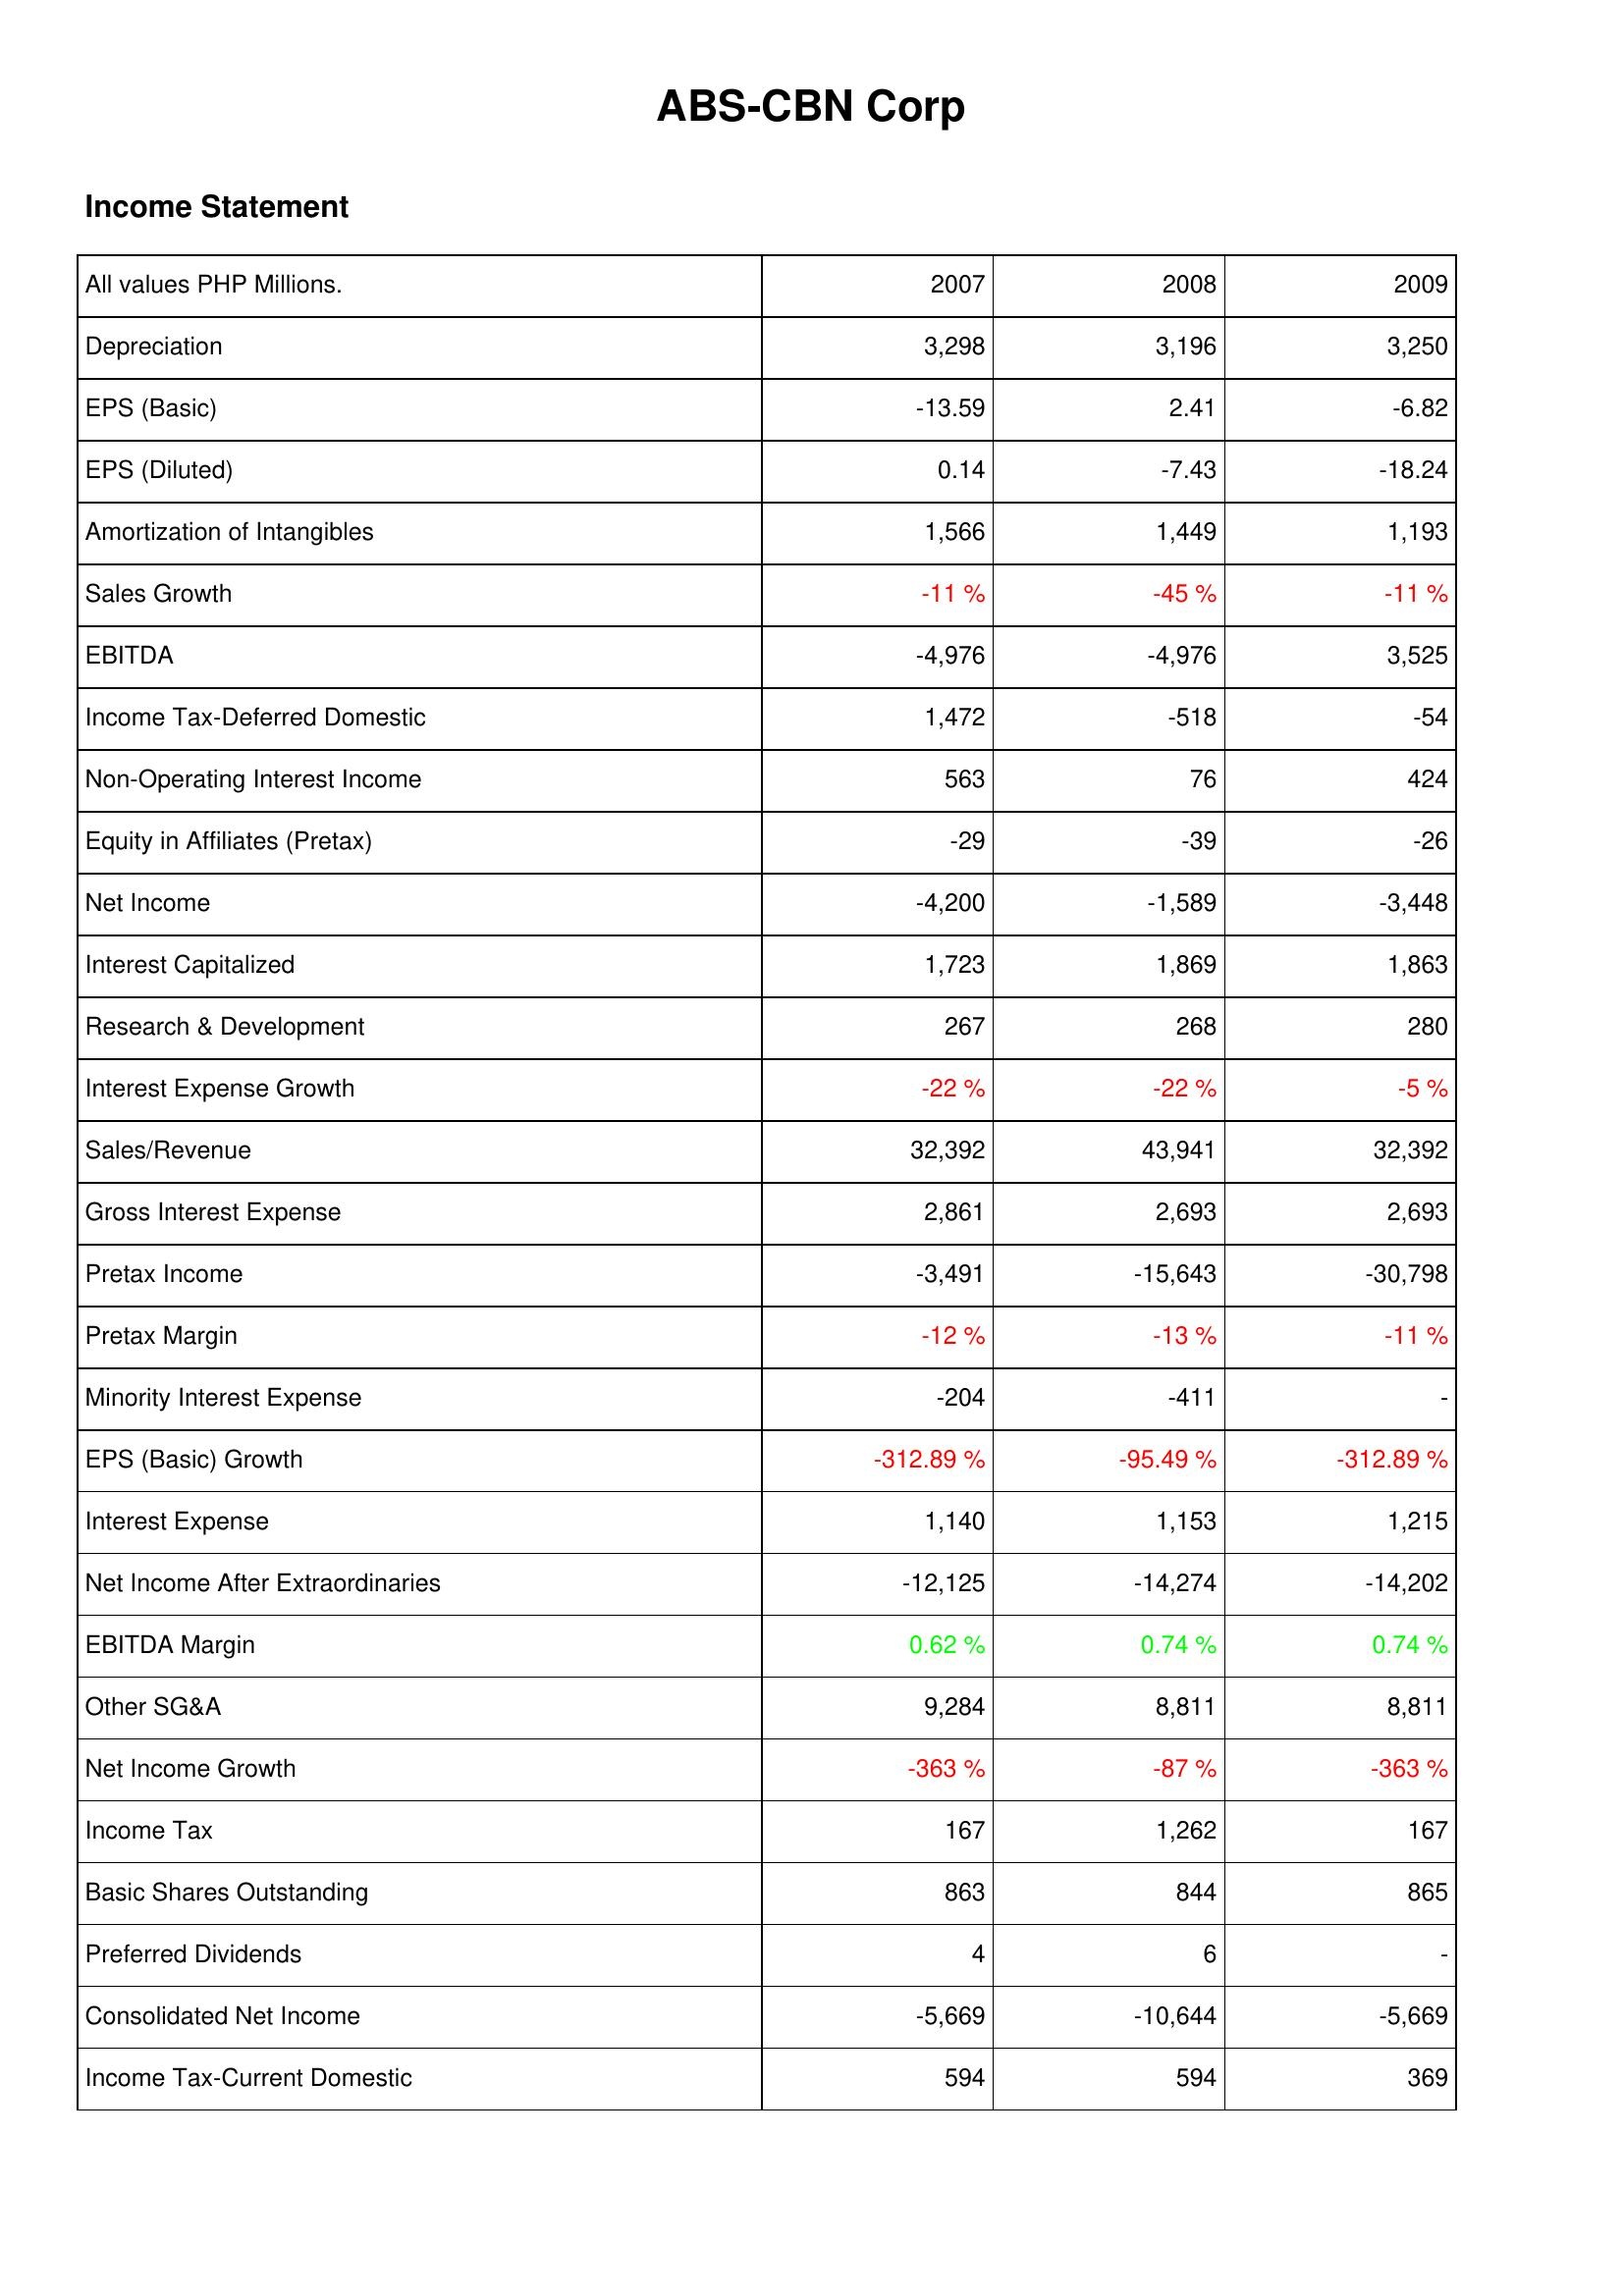
2007: Income Statement: Depreciation: 3,298
EPS (Basic): -13.59
EPS (Diluted): 0.14
Amortization of Intangibles: 1,566
Sales Growth: -11 %
EBITDA: -4,976
Income Tax-Deferred Domestic: 1,472
Non-Operating Interest Income: 563
Equity in Affiliates (Pretax): -29
Net Income: -4,200
Interest Capitalized: 1,723
Research & Development: 267
Interest Expense Growth: -22 %
Sales/Revenue: 32,392
Gross Interest Expense: 2,861
Pretax Income: -3,491
Pretax Margin: -12 %
Minority Interest Expense: -204
EPS (Basic) Growth: -312.89 %
Interest Expense: 1,140
Net Income After Extraordinaries: -12,125
EBITDA Margin: 0.62 %
Other SG&A: 9,284
Net Income Growth: -363 %
Income Tax: 167
Basic Shares Outstanding: 863
Preferred Dividends: 4
Consolidated Net Income: -5,669
Income Tax-Current Domestic: 594
2008: Income Statement: Depreciation: 3,196
EPS (Basic): 2.41
EPS (Diluted): -7.43
Amortization of Intangibles: 1,449
Sales Growth: -45 %
EBITDA: -4,976
Income Tax-Deferred Domestic: -518
Non-Operating Interest Income: 76
Equity in Affiliates (Pretax): -39
Net Income: -1,589
Interest Capitalized: 1,869
Research & Development: 268
Interest Expense Growth: -22 %
Sales/Revenue: 43,941
Gross Interest Expense: 2,693
Pretax Income: -15,643
Pretax Margin: -13 %
Minority Interest Expense: -411
EPS (Basic) Growth: -95.49 %
Interest Expense: 1,153
Net Income After Extraordinaries: -14,274
EBITDA Margin: 0.74 %
Other SG&A: 8,811
Net Income Growth: -87 %
Income Tax: 1,262
Basic Shares Outstanding: 844
Preferred Dividends: 6
Consolidated Net Income: -10,644
Income Tax-Current Domestic: 594
2009: Income Statement: Depreciation: 3,250
EPS (Basic): -6.82
EPS (Diluted): -18.24
Amortization of Intangibles: 1,193
Sales Growth: -11 %
EBITDA: 3,525
Income Tax-Deferred Domestic: -54
Non-Operating Interest Income: 424
Equity in Affiliates (Pretax): -26
Net Income: -3,448
Interest Capitalized: 1,863
Research & Development: 280
Interest Expense Growth: -5 %
Sales/Revenue: 32,392
Gross Interest Expense: 2,693
Pretax Income: -30,798
Pretax Margin: -11 %
Minority Interest Expense: -
EPS (Basic) Growth: -312.89 %
Interest Expense: 1,215
Net Income After Extraordinaries: -14,202
EBITDA Margin: 0.74 %
Other SG&A: 8,811
Net Income Growth: -363 %
Income Tax: 167
Basic Shares Outstanding: 865
Preferred Dividends: -
Consolidated Net Income: -5,669
Income Tax-Current Domestic: 369